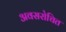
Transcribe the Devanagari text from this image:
अवसरोचित